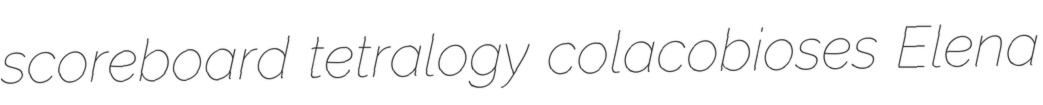
scoreboard tetralogy colacobioses Elena